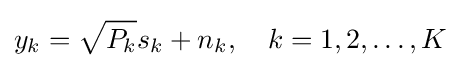
y_{k}={\sqrt {P_{k}}}s_{k}+n_{k},\quad k=1,2,\ldots ,K